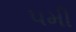
૫મી